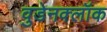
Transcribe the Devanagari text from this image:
वुडेनक्लॉक